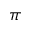
\pi